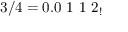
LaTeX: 3 / 4 = 0 . 0 \ 1 \ 1 \ 2 _ { ! }